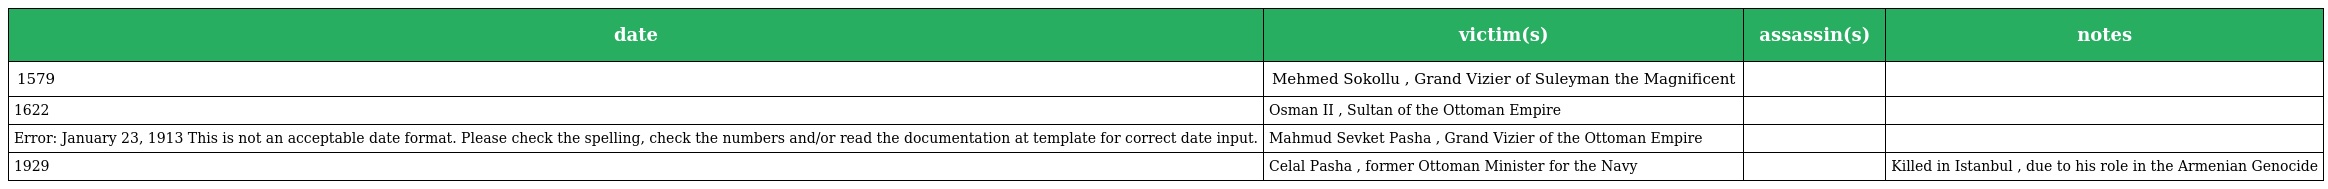
| date | victim(s) | assassin(s) | notes |
 | --- | --- | --- | --- |
 | 1579 | Mehmed Sokollu , Grand Vizier of Suleyman the Magnificent |  |  |
 | 1622 | Osman II , Sultan of the Ottoman Empire |  |  |
 | Error: January 23, 1913 This is not an acceptable date format. Please check the spelling, check the numbers and/or read the documentation at template for correct date input. | Mahmud Sevket Pasha , Grand Vizier of the Ottoman Empire |  |  |
 | 1929 | Celal Pasha , former Ottoman Minister for the Navy |  | Killed in Istanbul , due to his role in the Armenian Genocide |